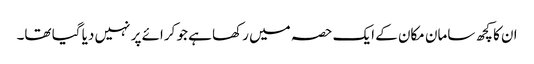
ان کا کچھ سامان مکان کے ایک حصہ میں رکھا ہے جو کرائے پر نہیں دیا گیا تھا۔